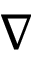
\nabla